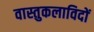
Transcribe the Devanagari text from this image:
वास्तुकलाविदों